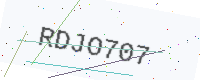
Text: RDJO707